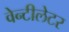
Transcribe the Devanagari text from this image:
वेन्टीलेटर